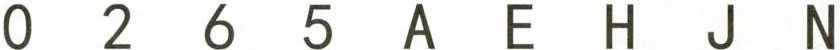
0265AEHJN